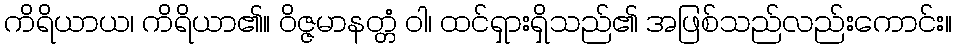
ကိရိယာယ၊ ကိရိယာ၏။ ဝိဇ္ဇမာနတ္တံ ဝါ၊ ထင်ရှားရှိသည်၏ အဖြစ်သည်လည်းကောင်း။